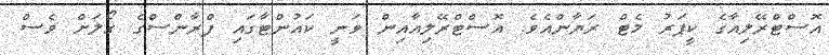
އޮސްޓްރޭލިއާގެ ކީޕަރު މެޓް ރަޔާންއެވެ. އޮސްޓްރޭލިއާއިން ވަނީ ކައުންޓާގައި ފްރާންސްގެ ގޯލަށް ވެސް